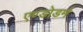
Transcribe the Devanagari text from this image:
एण्डोडर्म